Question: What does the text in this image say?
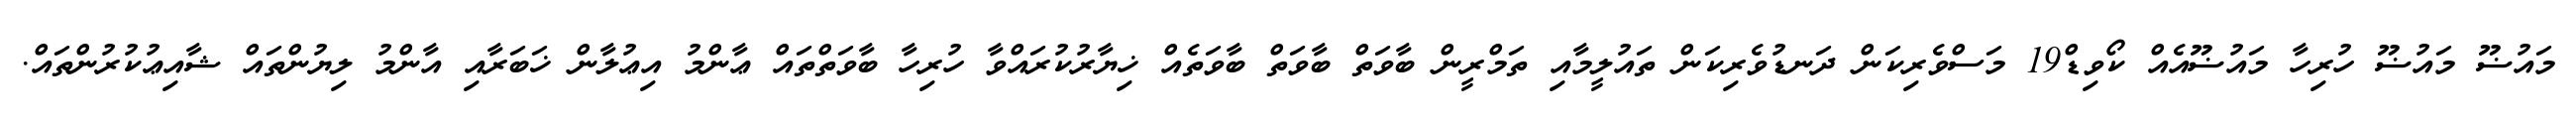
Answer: މައުޟޫ މައުޟޫ ހުރިހާ މައުޟޫއެއް ކޯވިޑް19 މަސްވެރިކަން ދަނޑުވެރިކަން ތައުލީމާއި ތަމްރީން ބާވަތް ބާވަތް ބާވަތެއް ޚިޔާރުކުރައްވާ ހުރިހާ ބާވަތްތައް ޢާންމު އިޢުލާން ޚަބަރާއި އާންމު ލިޔުންތައް ޝާއިޢުކުރުންތައް.